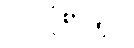
ပင်လုံစာချုပ်